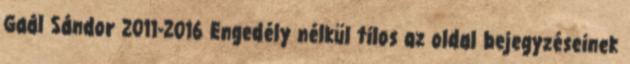
Gaál Sándor 2011-2016 Engedély nélkül tilos az oldal bejegyzéseinek